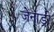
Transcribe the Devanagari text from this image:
जेनाड्री